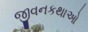
જીવનકથાઓ